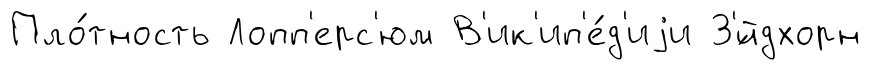
Пло́тность Лопп'ерс'юм В'ик'ип'е́д'иjи З'́йдхорн